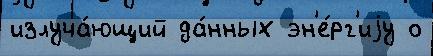
излуча́ющий да́нных эн'е́рг'иjу о